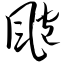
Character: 飑